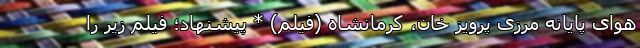
هوای پایانه مرزی پرویز خان، کرمانشاه (فیلم) * پیشنهاد؛ فیلم‌ زیر را